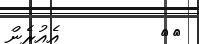
٨١         އެއުރެން